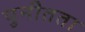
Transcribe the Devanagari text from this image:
पुनीतता